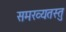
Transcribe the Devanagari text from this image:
समख्यतस्तु